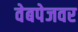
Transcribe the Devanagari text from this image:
वेबपेजवर